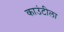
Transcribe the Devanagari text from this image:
काउंटीला